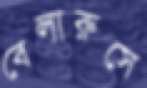
বেলারুসে